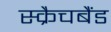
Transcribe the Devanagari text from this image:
स्क्रैचबैंड